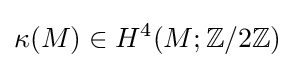
\kappa (M)\in H^{4}(M;\mathbb {Z} /2\mathbb {Z} )